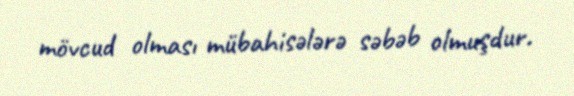
mövcud olması mübahisələrə səbəb olmuşdur.